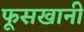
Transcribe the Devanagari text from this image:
फूसखानी